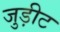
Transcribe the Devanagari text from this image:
जुड़ीट